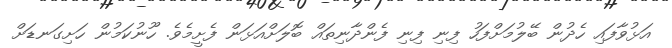
އަޅުވާފައި ހެދުން ބޭލުމަށްފަހު ފިނި ފިނި ފެންދާނިތައް ބޮލަށްއަޅަން ފެށީމެވެ. ހޫނުކަމުން ހަށިގަނޑަށް